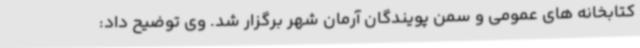
کتابخانه های عمومی و سمن پویندگان آرمان شهر برگزار شد. وی توضیح داد: